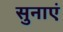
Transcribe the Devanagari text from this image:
सुनाएं